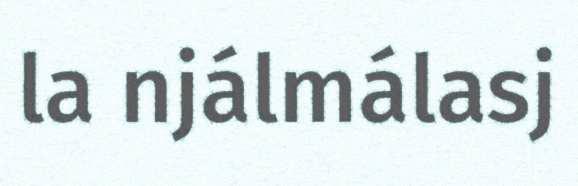
la njálmálasj